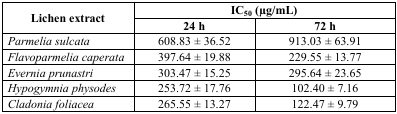
<table><thead><tr><td rowspan="2"><b>Lichen extract</b></td><td colspan="2"><b>IC<sub>50</sub> (μg/mL)</b></td></tr><tr><td><b>24 h</b></td><td><b>72 h</b></td></tr></thead><tbody><tr><td><i>Parmelia sulcata</i></td><td>608.83 ± 36.52</td><td>913.03 ± 63.91</td></tr><tr><td><i>Flavoparmelia caperata</i></td><td>397.64 ± 19.88</td><td>229.55 ± 13.77</td></tr><tr><td><i>Evernia prunastri</i></td><td>303.47 ± 15.25</td><td>295.64 ± 23.65</td></tr><tr><td><i>Hypogymnia physodes</i></td><td>253.72 ± 17.76</td><td>102.40 ± 7.16</td></tr><tr><td><i>Cladonia foliacea</i></td><td>265.55 ± 13.27</td><td>122.47 ± 9.79</td></tr></tbody></table>